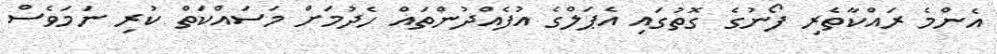
އެންމެ ރައްކާތެރި ފޯނުގެ ގޮތުގައި އެޕަލްގެ އުފެއްދުންތައް ހެދުމަށް މަސައްކަތް ކުރި ނަމަވެސް